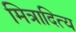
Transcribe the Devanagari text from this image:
मित्रादित्य